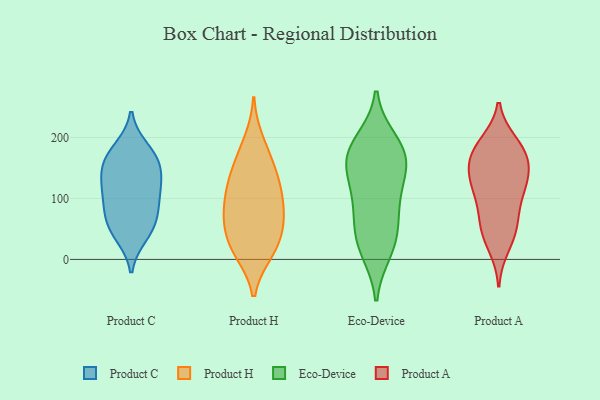
{"axis": {"x": "Customer Acquisition Cost (USD)", "y": "Value"}, "legend": ["Eco-Device", "Product A", "Product C", "Product H"], "data": [{"x": "", "y": 58, "type": "Product C"}, {"x": "", "y": 76, "type": "Product C"}, {"x": "", "y": 107, "type": "Product C"}, {"x": "", "y": 166, "type": "Product C"}, {"x": "", "y": 181, "type": "Product C"}, {"x": "", "y": 40, "type": "Product C"}, {"x": "", "y": 113, "type": "Product C"}, {"x": "", "y": 85, "type": "Product C"}, {"x": "", "y": 126, "type": "Product C"}, {"x": "", "y": 48, "type": "Product C"}, {"x": "", "y": 169, "type": "Product C"}, {"x": "", "y": 139, "type": "Product C"}, {"x": "", "y": 152, "type": "Product C"}, {"x": "", "y": 63, "type": "Product H"}, {"x": "", "y": 74, "type": "Product H"}, {"x": "", "y": 68, "type": "Product H"}, {"x": "", "y": 20, "type": "Product H"}, {"x": "", "y": 11, "type": "Product H"}, {"x": "", "y": 195, "type": "Product H"}, {"x": "", "y": 121, "type": "Product H"}, {"x": "", "y": 67, "type": "Product H"}, {"x": "", "y": 12, "type": "Product H"}, {"x": "", "y": 120, "type": "Product H"}, {"x": "", "y": 100, "type": "Product H"}, {"x": "", "y": 124, "type": "Product H"}, {"x": "", "y": 34, "type": "Product H"}, {"x": "", "y": 156, "type": "Product H"}, {"x": "", "y": 165, "type": "Product H"}, {"x": "", "y": 70, "type": "Eco-Device"}, {"x": "", "y": 15, "type": "Eco-Device"}, {"x": "", "y": 170, "type": "Eco-Device"}, {"x": "", "y": 32, "type": "Eco-Device"}, {"x": "", "y": 104, "type": "Eco-Device"}, {"x": "", "y": 193, "type": "Eco-Device"}, {"x": "", "y": 182, "type": "Eco-Device"}, {"x": "", "y": 145, "type": "Eco-Device"}, {"x": "", "y": 155, "type": "Eco-Device"}, {"x": "", "y": 95, "type": "Eco-Device"}, {"x": "", "y": 32, "type": "Eco-Device"}, {"x": "", "y": 164, "type": "Eco-Device"}, {"x": "", "y": 22, "type": "Product A"}, {"x": "", "y": 108, "type": "Product A"}, {"x": "", "y": 190, "type": "Product A"}, {"x": "", "y": 127, "type": "Product A"}, {"x": "", "y": 166, "type": "Product A"}, {"x": "", "y": 138, "type": "Product A"}, {"x": "", "y": 160, "type": "Product A"}, {"x": "", "y": 163, "type": "Product A"}, {"x": "", "y": 58, "type": "Product A"}, {"x": "", "y": 125, "type": "Product A"}, {"x": "", "y": 81, "type": "Product A"}, {"x": "", "y": 52, "type": "Product A"}, {"x": "", "y": 181, "type": "Product A"}, {"x": "", "y": 43, "type": "Product A"}, {"x": "", "y": 116, "type": "Product A"}, {"x": "", "y": 186, "type": "Product A"}]}